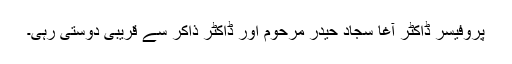
پروفیسر ڈاکٹر آغا سجاد حیدر مرحوم اور ڈاکٹر ذاکر سے قریبی دوستی رہی۔